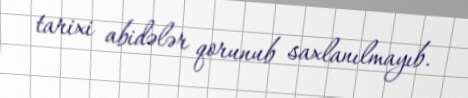
tarixi abidələr qorunub saxlanılmayıb.